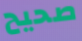
صحيح